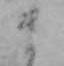
ま